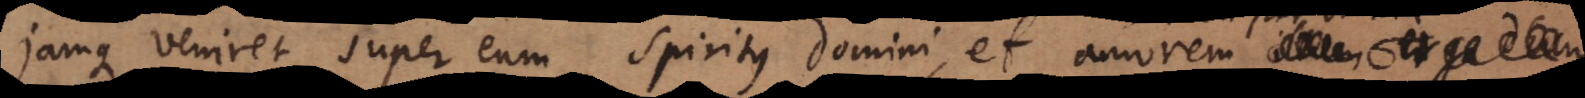
jamque veniret super eum spiritus domini, et amorem